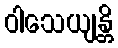
ဝါသေယျန္တိ